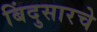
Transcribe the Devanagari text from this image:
बिंदुसारचे